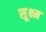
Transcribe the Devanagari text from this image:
सू़क्ष्म